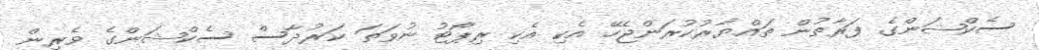
ސެކްޝަންގެ ފަރާތުން ތައްޔާރުކުރަންޖެހޭ އެކި އެކި ރިޕޯޓު ނުވަތަ ކަރުދާސް ސެކްޝަންގެ ވެރިން